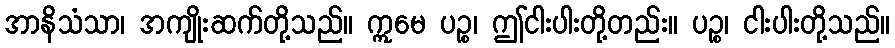
အာနိသံသာ၊ အကျိုးဆက်တို့သည်။ ဣမေ ပဉ္စ၊ ဤငါးပါးတို့တည်း။ ပဉ္စ၊ ငါးပါးတို့သည်။